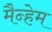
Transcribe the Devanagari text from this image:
मैन्हेम